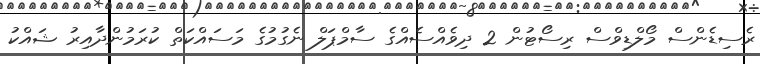
ރެސިޑެންސް މޯލްޑިވްސް ރިސޯޓުން 2 ދިވެއްސެއްގެ ސާމްޕަލް ނެގުމުގެ މަސައްކަތް ކުރަމުންދާއިރު ޝައްކު